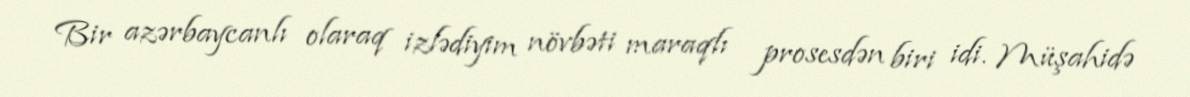
Bir azərbaycanlı olaraq izlədiyim növbəti maraqlı prosesdən biri idi. Müşahidə